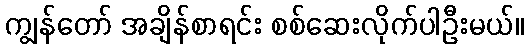
ကျွန်တော် အချိန်စာရင်း စစ်ဆေးလိုက်ပါဦးမယ်။